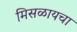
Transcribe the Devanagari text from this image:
मिसळायचा